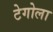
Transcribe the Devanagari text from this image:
टेगोला